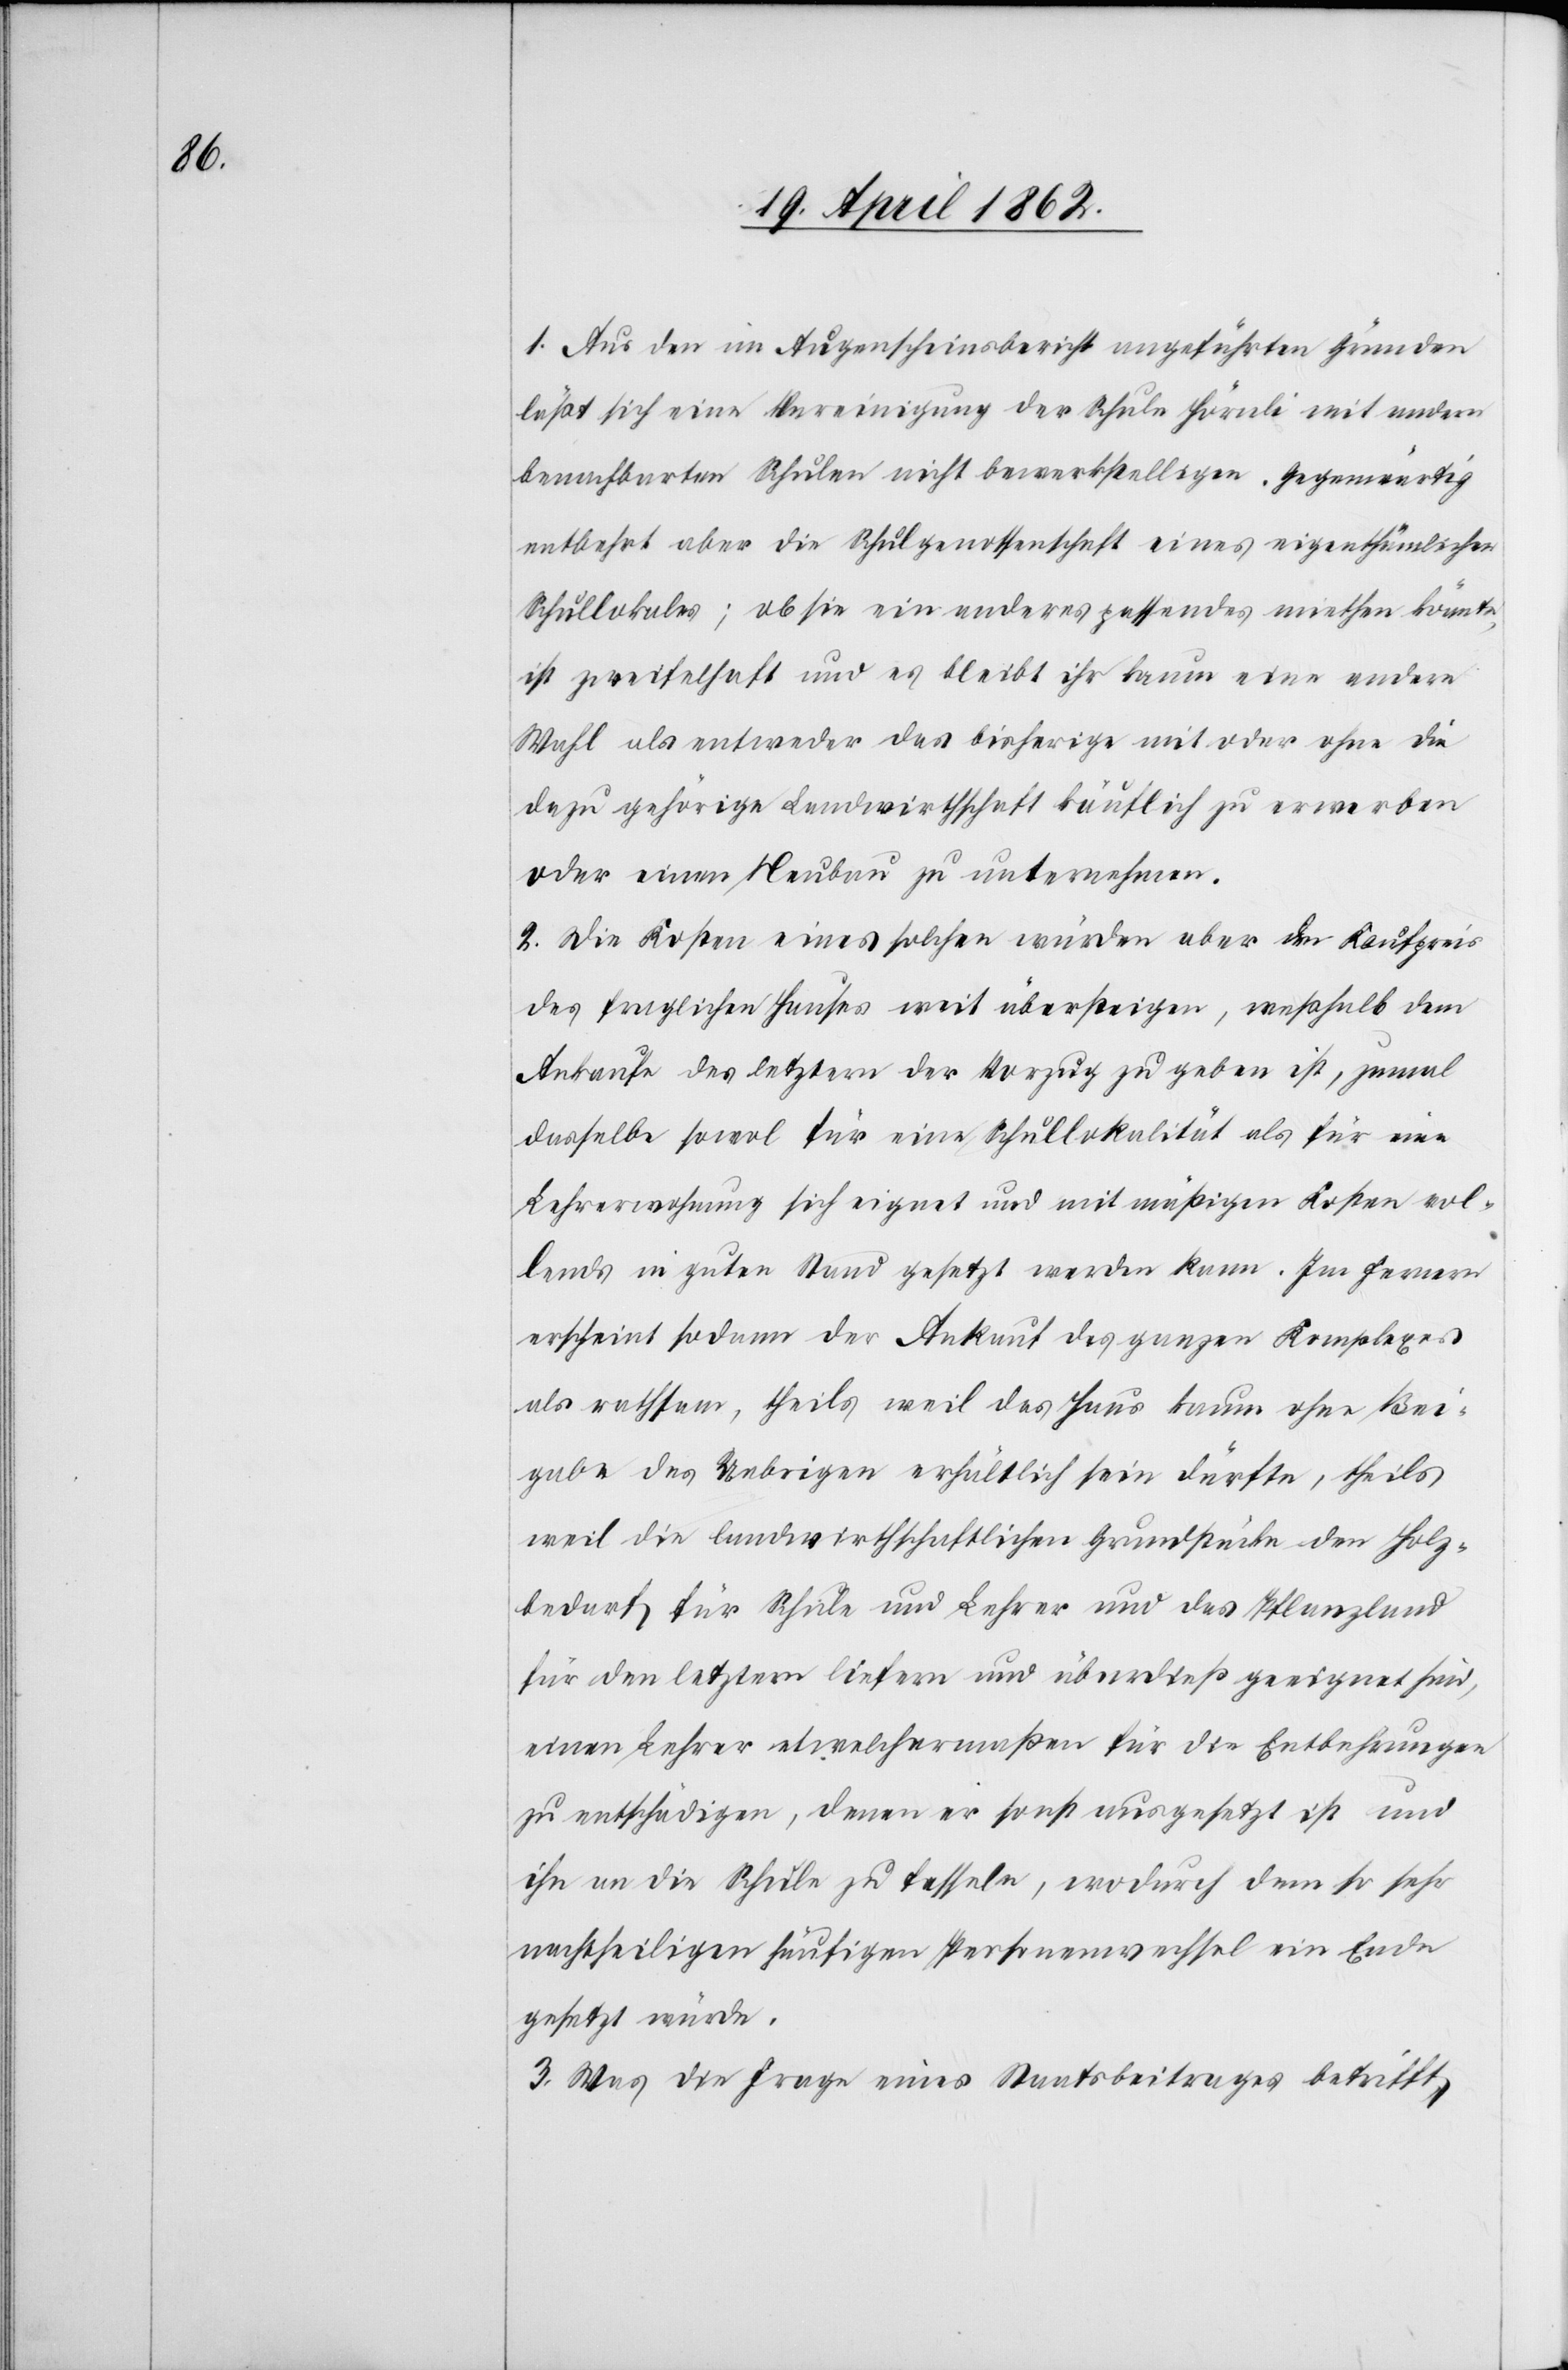
1. Aus den im Augenscheinsbericht angeführten Gründen
läßt sich eine Vereinigung der Schule Hörnli mit andern
benachbarten Schulen nicht bewerkstelligen. Gegenwärtig
entbehrt aber die Schulgenossenschaft eines eigenthümlichen
Schullokales; ob sie ein anderes passendes miethen könnte,
ist zweifelhaft und es bleibt ihr kaum eine andere
Wahl als entweder das bisherige mit oder ohne die
dazu gehörige Landwirtschaft käuflich zu erwerben
oder einen Neubau zu unternehmen.
2. Die Kosten eines solchen würden aber den Kaufpreis
des fraglichen Hauses weit übersteigen, weßhalb dem
Ankaufe des letztern der Vorzug zu geben ist, zumal
dasselbe sowol für eine Schullokalität als für eine
Lehrerwohnung sich eignet und mit mäßigen Kosten vol¬
lends in guten Stand gesetzt werden kann. Im fernern
erscheint sodann der Ankauf des ganzen Komplexes
als rathsam, theils weil das Haus kaum ohne Bei¬
gabe des Uebrigen erhältlich sein dürfte, theils
weil die landwirthschaftlichen Grundstücke den Holz¬
bedarf für Schule und Lehrer und das Pflanzland
für den letztern liefern und überdieß geeignet sind,
einen Lehrer etwelchermaßen für die Entbehrungen
zu entschädigen, denen er sonst ausgesetzt ist und
ihn an die Schule zu fesseln, wodurch dem so sehr
nachtheiligen häufigen Personenwechsel ein Ende
gesetzt würde.
3. Was die Frage eines Staatsbeitrages betrifft,